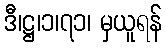
ဒီ၊ဋ္ဌ၊၁၊၇၁၊ မှယူရန်